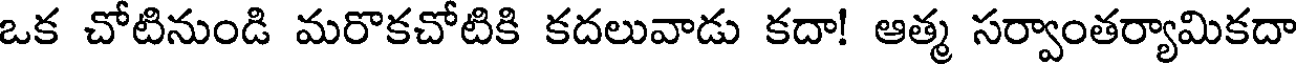
ఒక చోటినుండి మరొకచోటికి కదలువాడు కదా! ఆత్మ సర్వాంతర్యామికదా